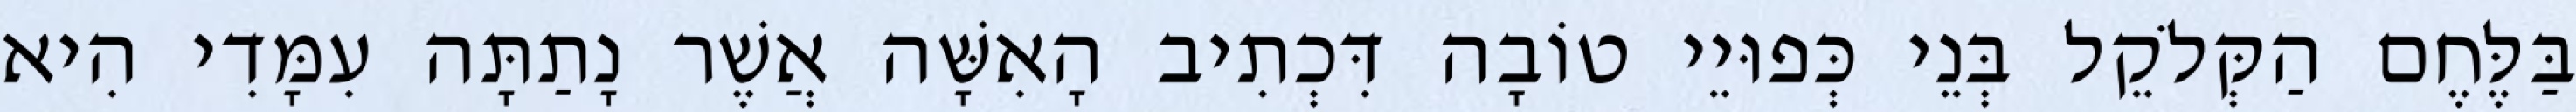
בַּלֶּחֶם הַקְּלֹקֵל בְּנֵי כְּפוּיֵי טוֹבָה דִּכְתִיב הָאִשָּׁה אֲשֶׁר נָתַתָּה עִמָּדִי הִיא